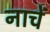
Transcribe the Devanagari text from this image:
नाचें